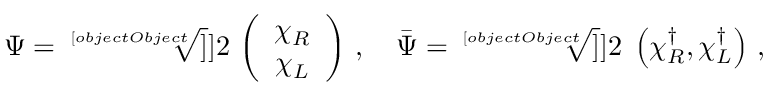
\Psi = \sqrt [ [object Object] ] ] { 2 } \, \left( \begin{array} { c } { { \chi _ { R } } } \\ { { \chi _ { L } } } \end{array} \right) \, , \quad \bar { \Psi } = \sqrt [ [object Object] ] ] { 2 } \; \left( \chi _ { R } ^ { \dag } , \chi _ { L } ^ { \dag } \right) \, ,